Report of the Indian Hemp Drugs Commission, 1894-1895 - Volume III
Year: 1894
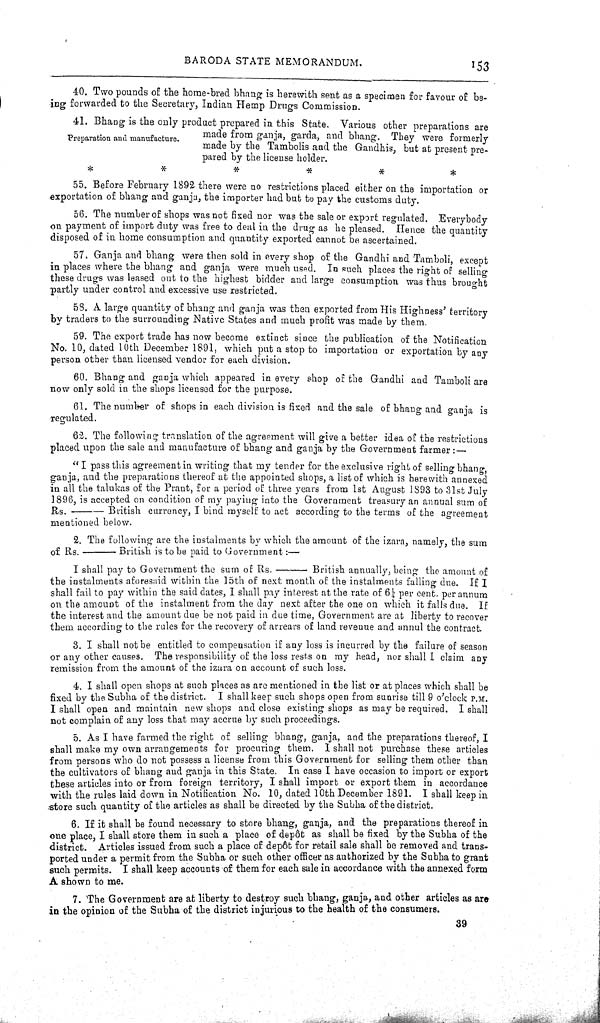
BARODA STATE MEMORANDUM.
153
40. Two pounds of the home-bred bhang is herewith sent as a specimen for favour of be-
ing forwarded to the Secretary, Indian Hemp Drugs Commission.
Preparation and manufacture.
41. Bhang is the only product prepared in this State. Various other preparations are
made from ganja, garda, and bhang. They were formerly
made by the Tambolis and the Gandhis, but at present pre-
pared by the license holder.
55. Before February 1892 there were no restrictions placed either on the importation or
exportation of bhang and ganja, the importer had but to pay the customs duty.
56. The number of shops was not fixed nor was the sale or export regulated. Everybody
on payment of import duty was free to deal in the drug as he pleased. Hence the quantity
disposed of in home consumption and quantity exported cannot be ascertained.
57. Ganja and bhang were then sold in every shop of the Gandhi and Tamboli, except
in places where the bhang and ganja were much used. In such places the right of selling
these drugs was leased out to the highest bidder and large consumption was thus brought
partly under control and excessive use restricted.
58. A large quantity of bhang and ganja was then exported from His Highness' territory
by traders to the surrounding Native States and much profit was made by them.
59. The export trade has now become extinct since the publication of the Notification
No. 10, dated 10th December 1891, which put a stop to importation or exportation by any
person other than licensed vendor for each division.
60. Bhang and ganja which appeared in every shop of the Gandhi and Tamboli are
now only sold in the shops licensed for the purpose.
61. The number of shops in each division is fixed and the sale of bhaug and ganja is
regulated.
62. The following translation of the agreement will give a better idea of the restrictions
placed upon the sale and manufacture of bhang and ganja by the Government farmer:—
"I pass this agreement in writing that my tender for the exclusive right of selling bhang,
ganja, and the preparations thereof at the appointed shops, a list of which is herewith annexed
in all the talukas of the Prant, for a period of three years from 1st August 1893 to 31st July
1896, is accepted on condition of my paying into the Government treasury an annual sum of
Rs.
British currency, I bind myself to act according to the terms of the agreement
mentioned below.
2. The following are the instalments by which the amount of the izara, namely, the sum
of Rs.
British is to be paid to Government:—
I shall pay to Government the sum of Rs.
British annually, being the amount of
the instalments aforesaid within the 15th of next month of the instalments falling due. If I
shall fail to pay within the said dates, I shall pay interest at the rate of 61/4 per cent. per annum
on the amount of the instalment from the day next after the one on which it falls due. If
the interest and the amount due be not paid in due time, Government are at liberty to recover
them according to the rules for the recovery of arrears of land revenue and annul the contract.
3. I shall not be entitled to compensation if any loss is incurred by the failure of season
or any other causes. The responsibility of the loss rests on my head, nor shall I claim any
remission from the amount of the izara on account of such loss.
4. I shall open shops at such places as are mentioned in the list or at places which shall be
fixed by the Subha of the district. I shall keep such shops open from sunrise till 9 o'clock P.M.
I shall open and maintain new shops and close existing shops as may be required. I shall
not complain of any loss that may accrue by such proceedings.
5. As I have farmed the right of selling bhang, ganja, and the preparations thereof, I
shall make my own arrangements for procuring them. I shall not purchase these articles
from persons who do not possess a license from this Government for selling them other than
the cultivators of bhang and ganja in this State. In case I have occasion to import or export
these articles into or from foreign territory, I shall import or export them in accordance
with the rules laid down in Notification No. 10, dated 10th December 1891. I shall keep in
store such quantity of the articles as shall be directed by the Subha of the district.
6. If it shall be found necessary to store bhang, ganja, and the preparations thereof in
one place, I shall store them in such a place of of depôt as shall be fixed by the Subha of the
district. Articles issued from such a place of depôt for retail sale shall be removed and trans-
ported under a permit from the Subha or such other officer as authorized by the Subha to grant
such permits. I shall keep accounts of them for each sale in accordance with the annexed form
A shown to me.
7. The Government are at liberty to destroy such bhang, ganja, and other articles as are
in the opinion of the Subha of the district injurious to the health of the consumers.
39